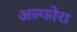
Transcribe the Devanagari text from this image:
अल्फोरा